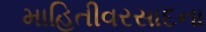
માહિતીવરસાદના